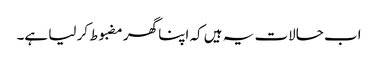
اب حالات یہ ہیں کہ اپنا گھر مضبوط کر لیا ہے۔